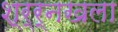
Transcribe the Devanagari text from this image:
श्र्र्नखला